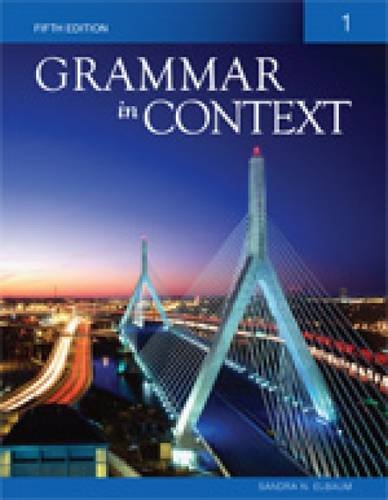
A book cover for Grammar in Context 1; Sandra N. Elbaum; Reference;